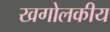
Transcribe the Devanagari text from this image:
खगोलकीय